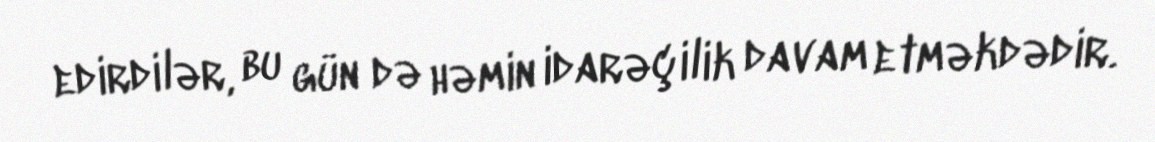
edirdilər, bu gün də həmin idarəçilik davam etməkdədir.